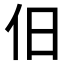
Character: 𬽪